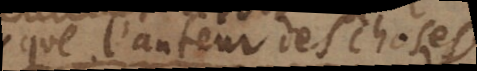
que l’auteur des choses